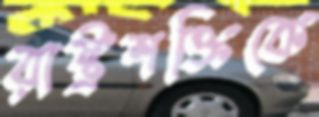
রাষ্ট্রশক্তিকে